Scottish Leaving Certificate Examination, 1957
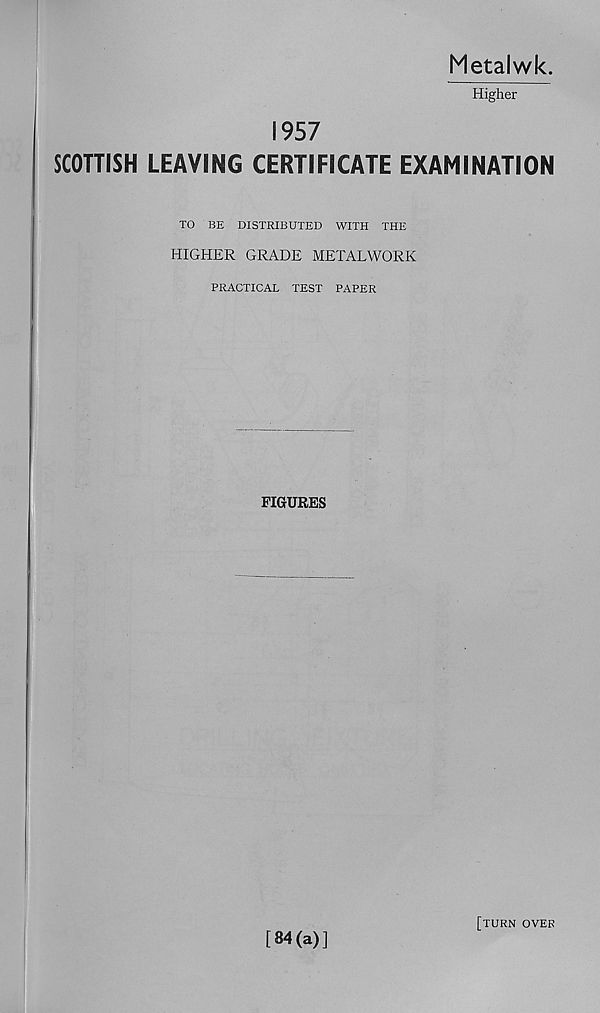
Metalwk
Higher
1957
SCOTTISH LEAVING CERTIFICATE EXAMINATION
TO BE DISTRIBUTED WITH THE
HIGHER GRADE METALWORK
PRACTICAL TEST PAPER
FIGURES
[84(a)]
[TURN OVER